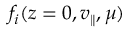
f _ { i } ( z = 0 , v _ { \parallel } , \mu )